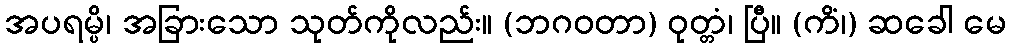
အပရမ္ပိ၊ အခြားသော သုတ်ကိုလည်း။ (ဘဂဝတာ) ဝုတ္တံ၊ ပြီ။ (ကိံ၊) ဆခေါ မေ